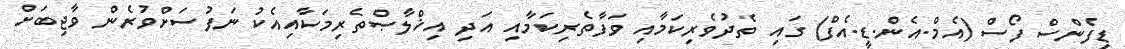
ޑިފެންސް ފޯސް (އެމް.އެން.ޑީ.އެފް) ގައި ތެދުވެރިކަމާއި ވަފާތެރިކަމާއި އަދި އިޚްލާޞްތެރިމަކާއިއެކު ނަފުސަށްވުރެން ވާޖިބަށް